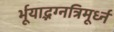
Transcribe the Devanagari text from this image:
र्भूयाद्भग्नत्रिमूर्ध्न